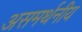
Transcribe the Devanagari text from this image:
असमर्थनीय